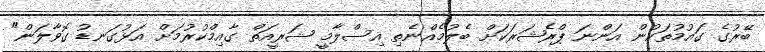
ބޭރުގެ ގައުމުތަކުން އަންނަ ޕްރެޝަރަކަށް ބެލުމެއްނެތި އިސްލާމީ ޝަރީއަތް ގާއިމްކުރުމަށް އަޅުގަނޑު ގޮވާލަން"